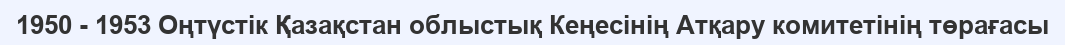
1950 - 1953 Оңтүстік Қазақстан облыстық Кеңесінің Атқару комитетінің төрағасы